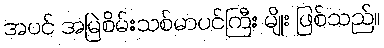
အပင် အမြဲစိမ်းသစ်မာပင်ကြီး မျိုး ဖြစ်သည်။